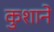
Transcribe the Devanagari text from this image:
कुशाने